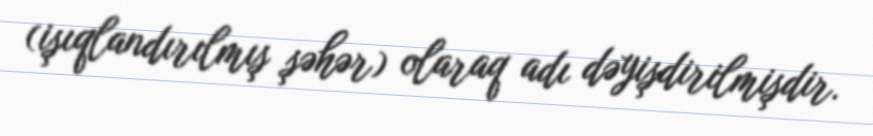
(işıqlandırılmış şəhər) olaraq adı dəyişdirilmişdir.